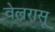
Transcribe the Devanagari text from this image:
वेल्ररासू